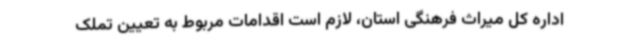
اداره کل میراث فرهنگی استان، لازم است اقدامات مربوط به تعیین تملک